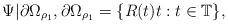
LaTeX: \begin{align*}\Psi|\partial\Omega_{\rho_{1}},\partial\Omega_{\rho_{1}}=\{R(t)t:t\in\mathbb{T}\},\end{align*}